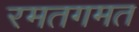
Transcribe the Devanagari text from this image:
रमतगमत